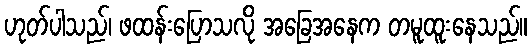
ဟုတ်ပါသည်၊ ဖထန်းပြောသလို အခြေအနေက တမူထူးနေသည်။